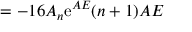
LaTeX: = - 1 6 A _ { n } \mathrm { e } ^ { A E } ( n + 1 ) A E